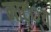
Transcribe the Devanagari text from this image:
नाट््य